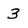
Character: 3